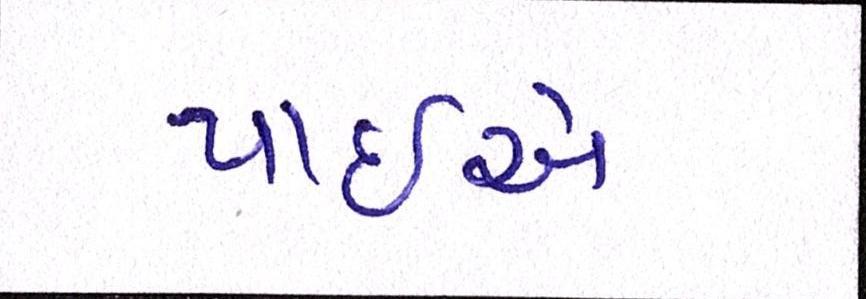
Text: પાઈએ